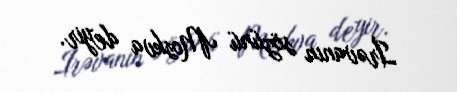
İrəvanın sözünü Moskva deyir.